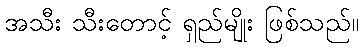
အသီး သီးတောင့် ရှည်မျိုး ဖြစ်သည်။